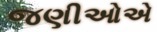
જણીઓએ